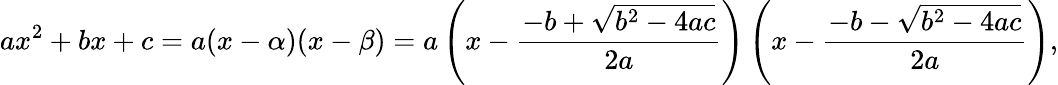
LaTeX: ax^{2}+bx+c=a(x-\alpha)(x-\beta)=a\left(x-{\frac{-b+{\sqrt{b^{2}-4ac}}}{2a}}\right)\left(x-{\frac{-b-{\sqrt{b^{2}-4ac}}}{2a}}\right),